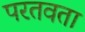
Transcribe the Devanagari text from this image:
परतवता